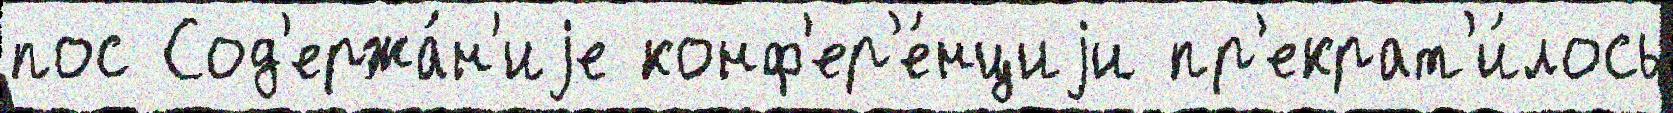
пос Сод'ержа́н'иjе конф'ер'е́нциjи пр'екрат'и́лось